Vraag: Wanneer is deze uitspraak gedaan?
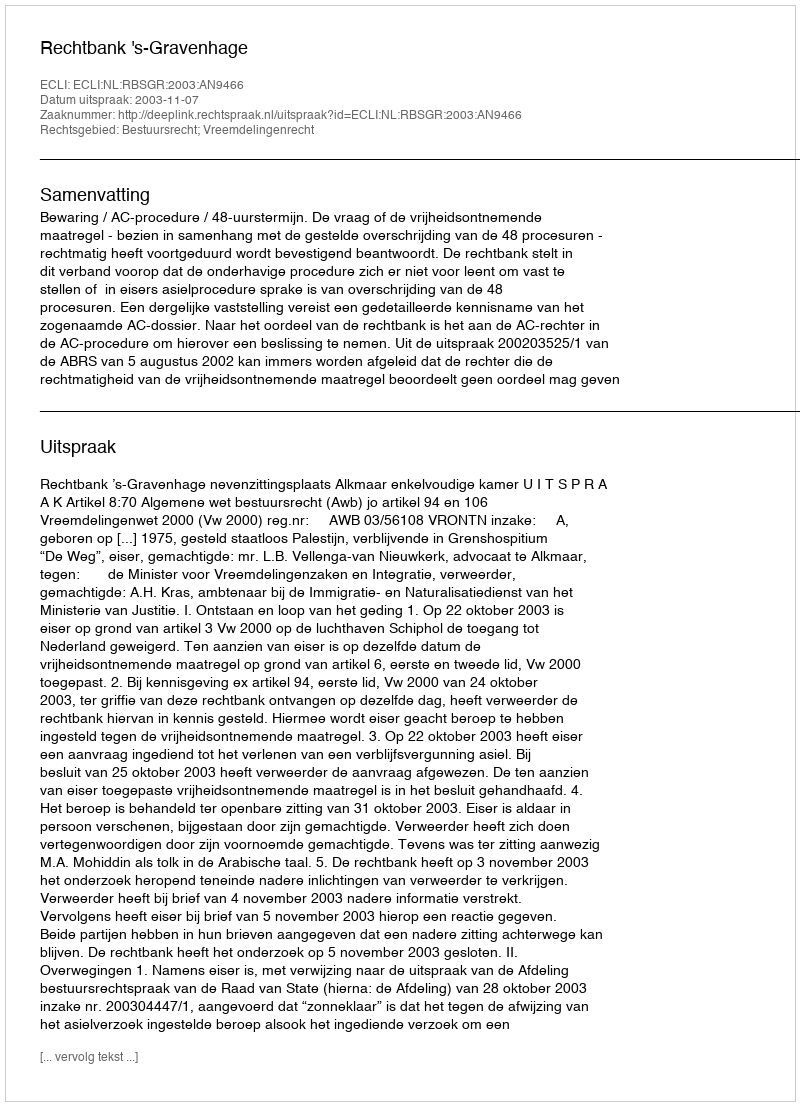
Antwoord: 2003-11-07